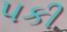
પકી